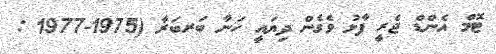
ޓޮމް އެންޑް ޖެރީ ފާޅު ވެގެން ދިޔައީ ހަނާ ބަރބަރާ (1975-1977 :